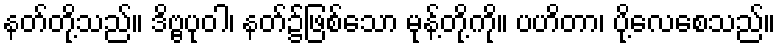
နတ်တို့သည်။ ဒိဗ္ဗပုဝါ၊ နတ်၌ဖြစ်သော မုန့်တို့ကို။ ပဟိတာ၊ ပို့လေစေသည်။